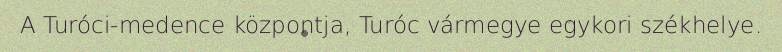
A Turóci-medence központja, Turóc vármegye egykori székhelye.